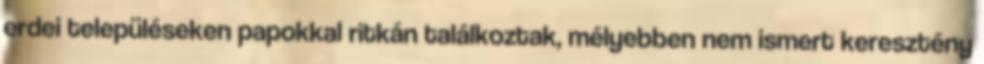
erdei településeken papokkal ritkán találkoztak, mélyebben nem ismert keresztény